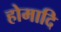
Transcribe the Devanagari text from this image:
होमादि